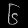
Digit: ၆